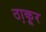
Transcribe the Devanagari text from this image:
ठा़कूर